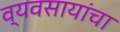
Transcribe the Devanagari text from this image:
व्यवसायांचा